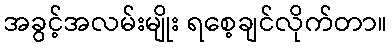
အခွင့်အလမ်းမျိုး ရစေ့ချင်လိုက်တာ။